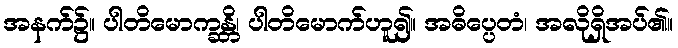
အနက်၌။ ပါတိမောက္ခန္တိ၊ ပါတိမောက်ဟူ၍။ အဓိပ္ပေတံ၊ အလိုရှိအပ်၏။